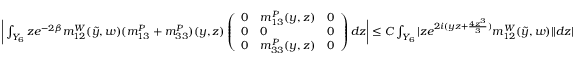
\begin{array} { r l } & { \bigg | \int _ { Y _ { 6 } } z e ^ { - 2 \beta } m _ { 1 2 } ^ { W } ( \tilde { y } , w ) ( m _ { 1 3 } ^ { P } + m _ { 3 3 } ^ { P } ) ( y , z ) \left( \begin{array} { l l l } { 0 } & { m _ { 1 3 } ^ { P } ( y , z ) } & { 0 } \\ { 0 } & { 0 } & { 0 } \\ { 0 } & { m _ { 3 3 } ^ { P } ( y , z ) } & { 0 } \end{array} \right) d z \bigg | \leq C \int _ { Y _ { 6 } } | z e ^ { 2 i ( y z + \frac { 4 z ^ { 3 } } { 3 } ) } m _ { 1 2 } ^ { W } ( \tilde { y } , w ) | | d z | } \end{array}